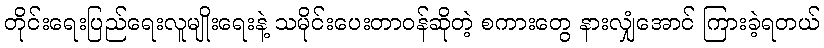
တိုင်းရေးပြည်ရေးလူမျိုးရေးနဲ့ သမိုင်းပေးတာဝန်ဆိုတဲ့ စကားတွေ နားလျှံအောင် ကြားခဲ့ရတယ်